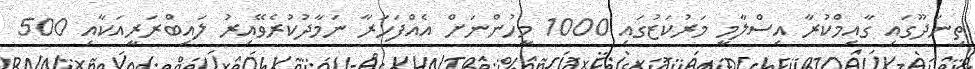
ތިނަދޫގައި ގާއިމްކުރާ އިސްލާމީ މަރުކަޒުގައި 1000 މީހުންނަށް އެއްފަހަރާ ނަމާދުކުރެވޭއިރު ލައިބްރަރީއަކާއި 500